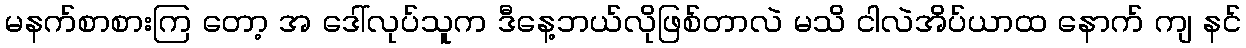
မနက်စာစားကြ တော့ အ ဒေါ်လုပ်သူက ဒီနေ့ဘယ်လိုဖြစ်တာလဲ မသိ ငါလဲအိပ်ယာထ နောက် ကျ နင်